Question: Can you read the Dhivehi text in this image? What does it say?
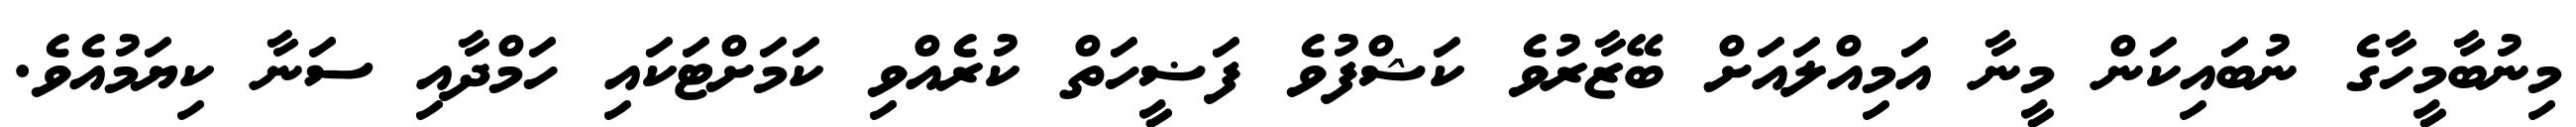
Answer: މިނުބާމީހާގެ ނުބައިކަން މީނާ އަމިއްލައަށް ބޭޒާރުވެ ކަޝްފުވެ ފަޟީހަތް ކުރެއްވި ކަމަށްޓަކައި ހަމްދާއި ސަނާ ކިޔަމުއެވެ.